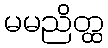
မမညိတ္ထ